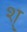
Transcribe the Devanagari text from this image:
श्‌